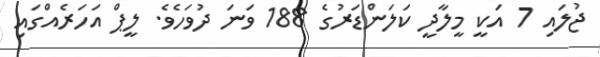
ޖުލައި 7 އަކީ މީލާދީ ކަލަންޑަރުގެ 188 ވަނަ ދުވަހެވެ. ލީޕް އަހަރެއްގައި